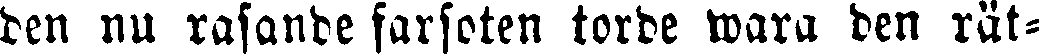
den nu rasande farfoten torde wara den rät-